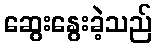
ဆွေးနွေးခဲ့သည်